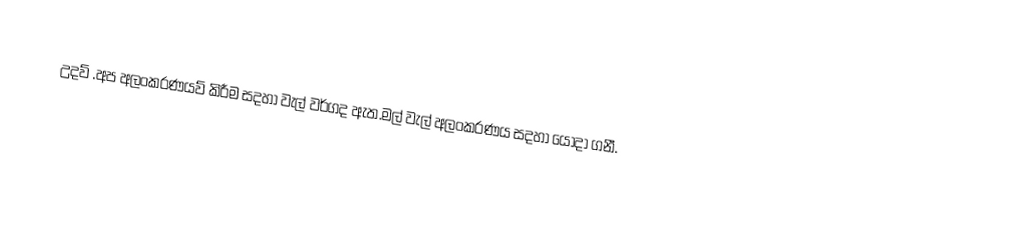
උදව් .අප අලංකරණයව් කිරීම සදහා වැල් වර්ගද ඇත.මල් වැල් අලංකරණය සදහා යොදා ගනී.